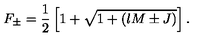
F _ { \pm } = \frac { 1 } { 2 } \left[ 1 + \sqrt { 1 + ( l M \pm J ) } \right] .